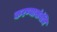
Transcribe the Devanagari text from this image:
करण्यासंबंधि